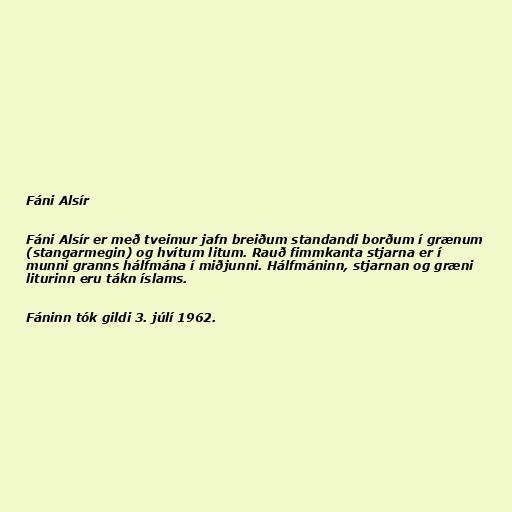
Fáni Alsír

Fáni Alsír er með tveimur jafn breiðum standandi borðum í grænum
(stangarmegin) og hvítum litum. Rauð fimmkanta stjarna er í
munni granns hálfmána í miðjunni. Hálfmáninn, stjarnan og græni
liturinn eru tákn íslams.

Fáninn tók gildi 3. júlí 1962.